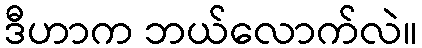
ဒီဟာက ဘယ်လောက်လဲ။